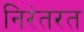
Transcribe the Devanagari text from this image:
निरंतरत